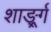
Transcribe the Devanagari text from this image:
शार्ङ्र्ग